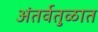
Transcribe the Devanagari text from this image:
अंतर्वतुळात